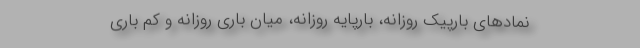
نمادهای بارپیک روزانه، بارپایه روزانه، میان باری روزانه و کم باری